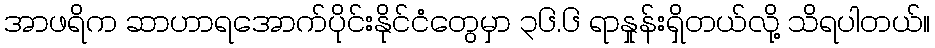
အာဖရိက ဆာဟာရအောက်ပိုင်းနိုင်ငံတွေမှာ ၃၆.၆ ရာနှုန်းရှိတယ်လို့ သိရပါတယ်။